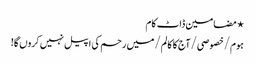
⋆ مضامین ڈاٹ کام
ہوم/خصوصی/آج کا کالم/میں رحم کی اپیل نہیں کروں گا!